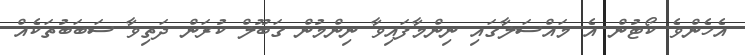
އެހެންވެ ކޯޓުން އެ މައްސަލާގައި ނިންމާފައިވާ ނިންމުން ގަބޫލް ކުރަން ދަތިވާ ސަބަބުތަކެއް